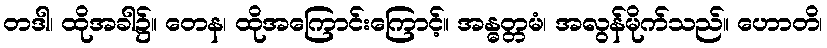
တဒါ၊ ထိုအခါ၌။ တေန၊ ထိုအကြောင်းကြောင့်။ အန္ဓတ္တမံ၊ အလွန်မိုက်သည်။ ဟောတိ၊